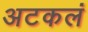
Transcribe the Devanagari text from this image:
अटकलं